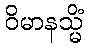
ဝိမာနသ္မိံ